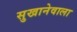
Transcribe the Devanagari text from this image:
सुखानेवाला